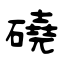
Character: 磽